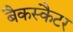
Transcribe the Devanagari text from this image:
बैकस्कैटर